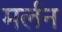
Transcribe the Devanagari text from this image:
मर्लन